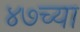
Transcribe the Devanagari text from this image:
४७च्या